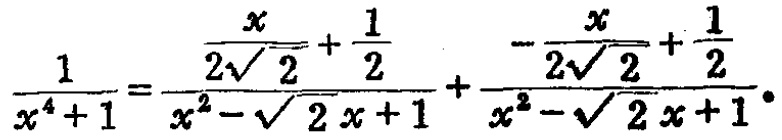
\(\frac{1}{x^{4}+1}=\frac{\frac{x}{2\sqrt{2}}+\frac{1}{2}}{x^{2}-\sqrt{2}x + 1}+\frac{-\frac{x}{2\sqrt{2}}+\frac{1}{2}}{x^{2}-\sqrt{2}x + 1}\)